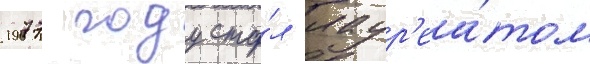
1977 году ста́л лаур'еа́том